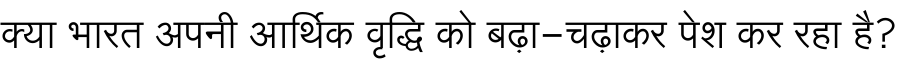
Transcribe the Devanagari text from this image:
क्या भारत अपनी आर्थिक वृद्धि को बढ़ा-चढ़ाकर पेश कर रहा है?